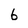
Character: 6